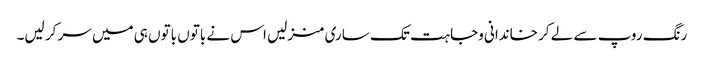
رنگ روپ سے لے کر خاندانی وجاہت تک ساری منزلیں اس نے باتوں باتوں ہی میں سر کر لیں۔